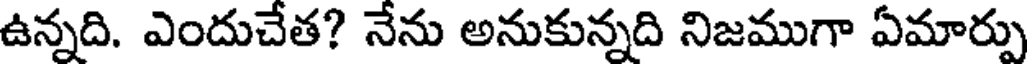
ఉన్నది. ఎందుచేత? నేను అనుకున్నది నిజముగా ఏమార్పు